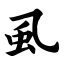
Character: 虱